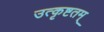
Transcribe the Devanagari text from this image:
उत्कृष्टतम्